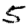
Digit: 5